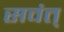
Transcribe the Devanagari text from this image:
सवंत्